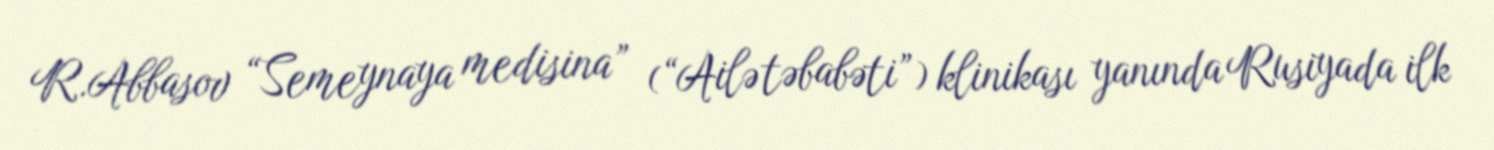
R.Abbasov “Semeynaya medisina” (“Ailə təbabəti”) klinikası yanında Rusiyada ilk